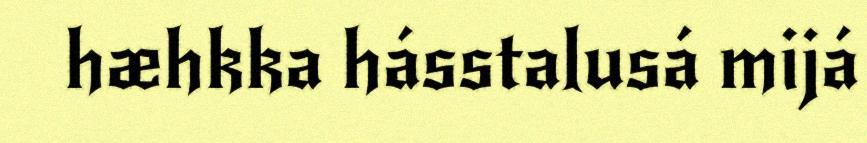
hæhkka hásstalusá mijá